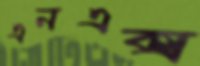
এনএক্স